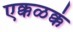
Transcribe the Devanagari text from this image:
एक्कळक्कं